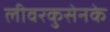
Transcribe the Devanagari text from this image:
लीवरकुसेनके